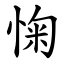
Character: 㥌